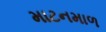
માટનમાળ